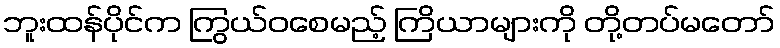
ဘူးထန်ပိုင်က ကြွယ်ဝစေမည့် ကြိယာများကို တို့တပ်မတော်